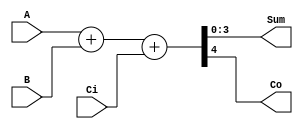
//5 4bit
module adder (
    input  [3:0] A ,
    input  [3:0] B ,
    input Ci , 

    output  [3:0] Sum ,
    output Co );

    assign {Co,Sum} = A + B + Ci;
endmodule